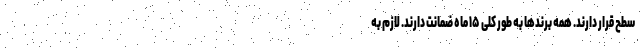
سطح قرار دارند. همه برندها به طور کلی ۱۵ ماه ضمانت دارند. لازم به